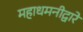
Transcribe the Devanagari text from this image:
महाधमनीद्वारे